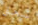
سحق